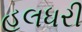
હલધરી